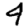
Digit: 4